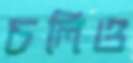
চলিও